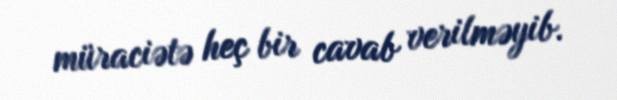
müraciətə heç bir cavab verilməyib.